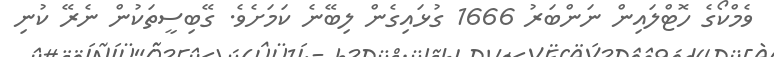
ވެމްކޯގެ ހޮޓްލައިން ނަންބަރު 1666 ގުޅައިގެން ލިބޭނެ ކަމަށެވެ. ގޭބިސީތަކުން ނެރޭ ކުނި